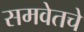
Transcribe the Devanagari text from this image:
समवेतचे